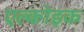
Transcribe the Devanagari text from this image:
एल्कोइक